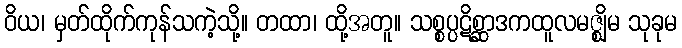
ဝိယ၊ မှတ်ထိုက်ကုန်သကဲ့သို့။ တထာ၊ ထို့အတူ။ သစ္စပ္ပဋိစ္ဆာဒကထူလမဇ္ဈိမ သုခုမ